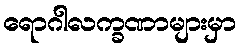
ရောဂါလက္ခဏာများမှာ